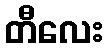
တီလေး